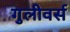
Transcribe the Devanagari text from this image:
गुलीवर्स